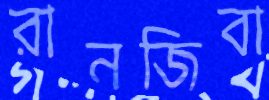
রানজিবা